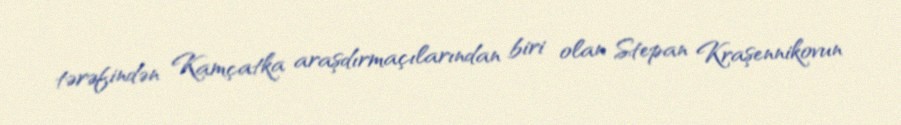
tərəfindən Kamçatka araşdırmaçılarından biri olan Stepan Kraşennikovun